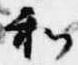
和